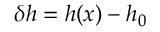
\delta h = h ( x ) - h _ { 0 }